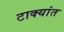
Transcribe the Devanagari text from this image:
टाक्यांत